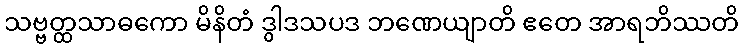
သဗ္ဗတ္ထသာဓကော မိနိတံ ဒွါဒသပဒ ဘဏေယျာတိ ဧတေ အာရဘိဿတိ